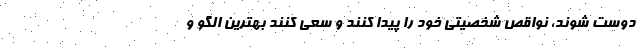
دوست شوند، نواقص شخصیتی خود را پیدا کنند و سعی کنند بهترین الگو و